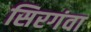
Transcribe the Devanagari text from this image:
सिरगंवा